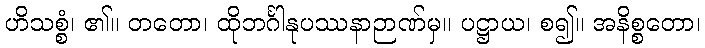
ဟိသစ္စံ၊ ၏။ တတော၊ ထိုဘင်္ဂါနုပဿနာဉာဏ်မှ။ ပဋ္ဌာယ၊ စ၍။ အနိစ္စတော၊